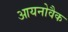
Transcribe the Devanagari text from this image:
आयनोवैक